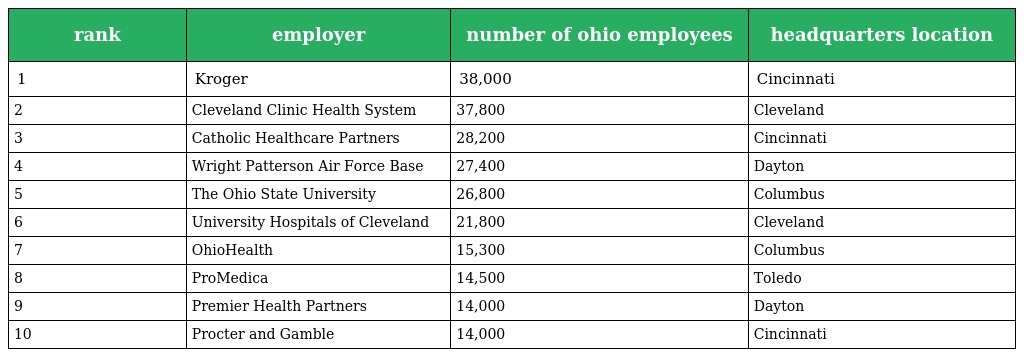
| rank | employer | number of ohio employees | headquarters location |
 | --- | --- | --- | --- |
 | 1 | Kroger | 38,000 | Cincinnati |
 | 2 | Cleveland Clinic Health System | 37,800 | Cleveland |
 | 3 | Catholic Healthcare Partners | 28,200 | Cincinnati |
 | 4 | Wright Patterson Air Force Base | 27,400 | Dayton |
 | 5 | The Ohio State University | 26,800 | Columbus |
 | 6 | University Hospitals of Cleveland | 21,800 | Cleveland |
 | 7 | OhioHealth | 15,300 | Columbus |
 | 8 | ProMedica | 14,500 | Toledo |
 | 9 | Premier Health Partners | 14,000 | Dayton |
 | 10 | Procter and Gamble | 14,000 | Cincinnati |